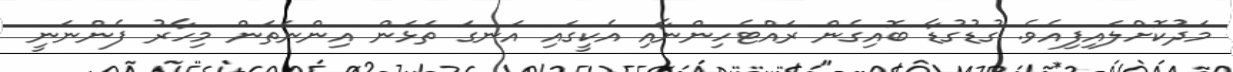
މަދުކޮށްލައިފިއެވެ. ގުޑުގުޑާ ބޮއިގެން ރައްޓެހިންނާއި އެކީގައި އަނގަ ތަޅަން އިންނަތަން މިހާރު ފެންނަނީ